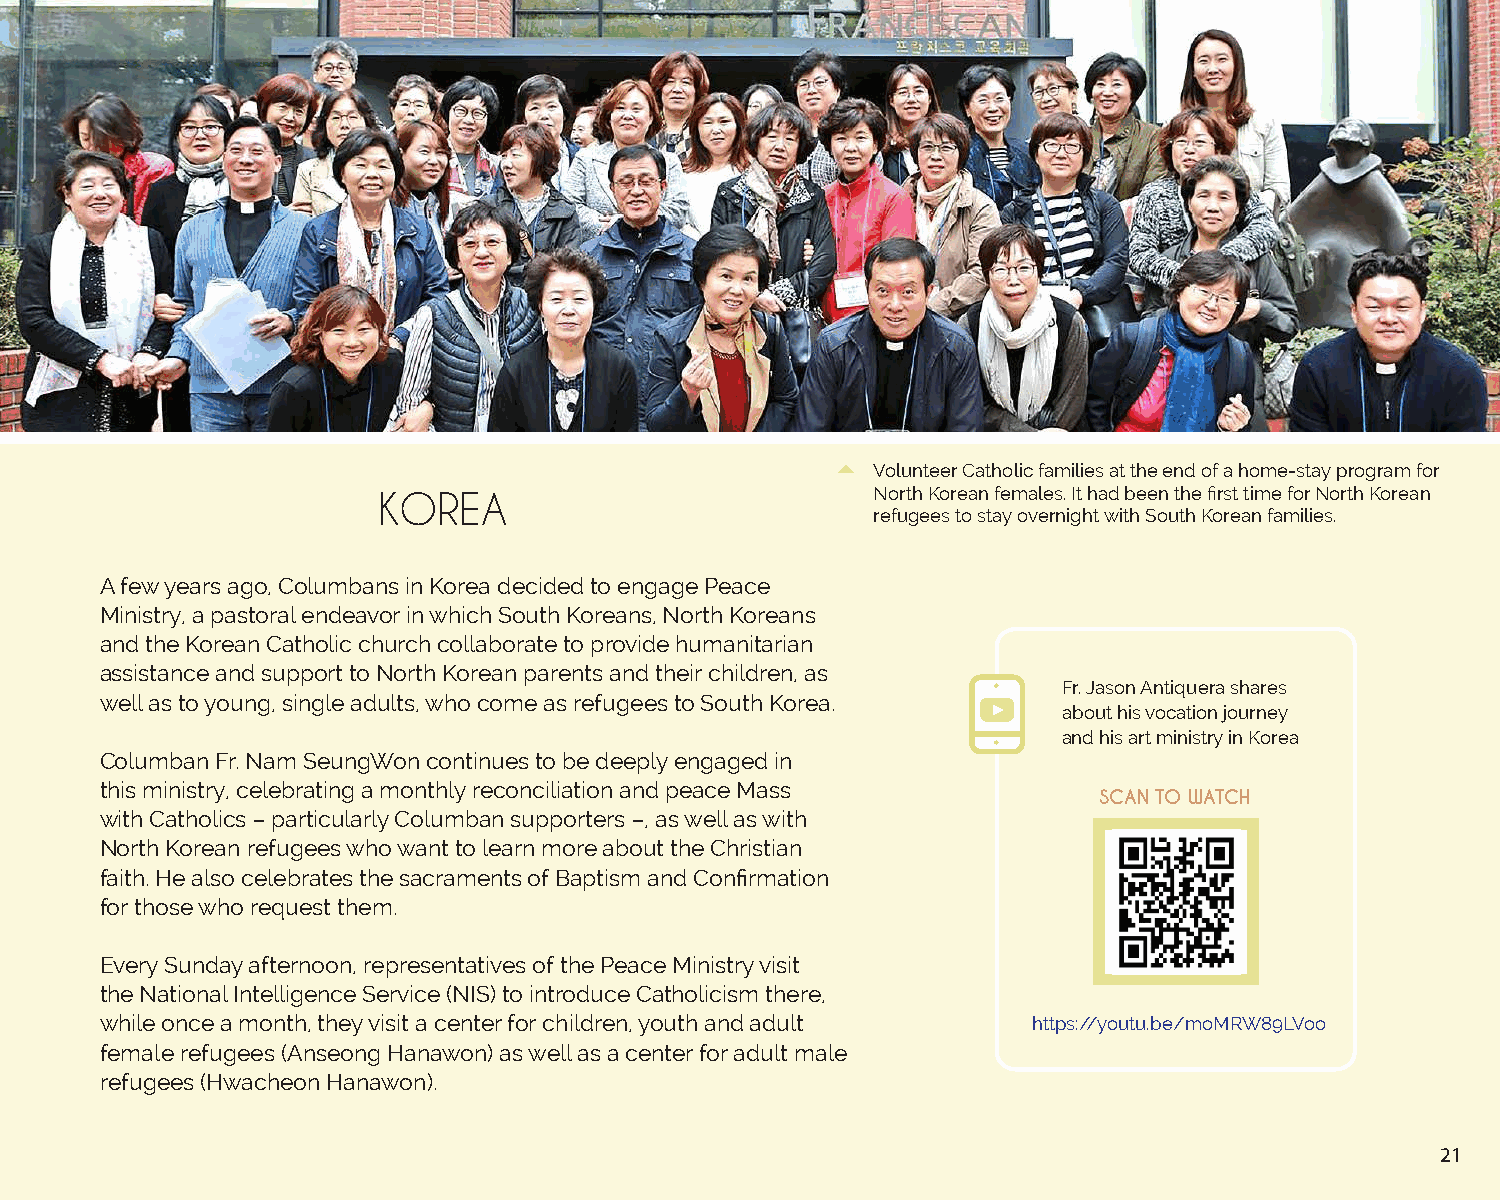
Columban seminarian, Ratu Pio Daurewa, participating
 (with page in hand) in an inter-religious youth activity
 at Sacred Heart Cathedral Crypt in Suva.
 Volunteer Catholic families at the end of a home-stay program for
 KOREA                            North Korean females. It had been the first time for North Korean
 refugees to stay overnight with South Korean families.
 A few years ago, Columbans in Korea decided to engage Peace
 Ministry, a pastoral endeavor in which South Koreans, North Koreans
 and the Korean Catholic church collaborate to provide humanitarian
 assistance and support to North Korean parents and their children, as
 Fr. Jason Antiquera shares
 well as to young, single adults, who come as refugees to South Korea.
 about his vocation journey
 and his art ministry in Korea
 Columban Fr. Nam SeungWon continues to be deeply engaged in
 this ministry, celebrating a monthly reconciliation and peace Mass
 SCAN TO WATCH
 with Catholics – particularly Columban supporters –, as well as with
 North Korean refugees who want to learn more about the Christian
 faith. He also celebrates the sacraments of Baptism and Confirmation
 for those who request them.
 Every Sunday afternoon, representatives of the Peace Ministry visit
 the National Intelligence Service (NIS) to introduce Catholicism there,
 while once a month, they visit a center for children, youth and adult https://youtu.be/moMRW89LVoo
 female refugees (Anseong Hanawon) as well as a center for adult male
 refugees (Hwacheon Hanawon).
 21